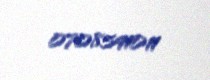
0708541011